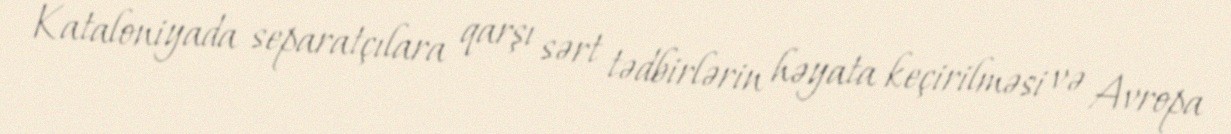
Kataloniyada separatçılara qarşı sərt tədbirlərin həyata keçirilməsi və Avropa